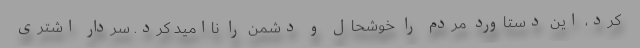
کرد، این دستاورد مردم را خوشحال و دشمن را ناامید کرد. سردار اشتری